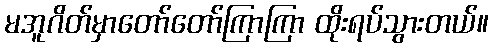
မအူဂိတ်မှာတော်တော်ကြာကြာ ထိုးရပ်သွားတယ်။